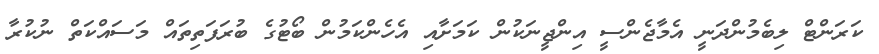
ކަރަންޓް ލިބެމުންދަނީ އެމާޖެންސީ އިންޖީނަކުން ކަމަށާއި އެހެންކަމުން ބޯޓުގެ ބުރަފަތިތައް މަސައްކަތް ނުކުރާ